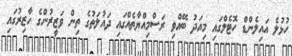
ހުޅުލެ އައިލެންޑް ހޮޓެލްގައި މިއަދު ބޭއްވި ރަސްމިއްޔާތެއްގައި ދައުލަތުގެ ތިން ވަޒީރުންގެ ހާޒިރުގައި